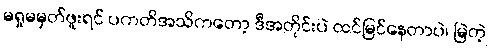
မရှုမမှတ်ဖူးရင် ပကတိအသိကတော့ ဒီအတိုင်းပဲ ထင်မြင်နေတာပဲ၊ မြဲတဲ့